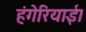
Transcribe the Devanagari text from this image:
हंगेरियाई।